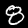
Label: 8